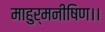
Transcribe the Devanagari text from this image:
माहुर्मनीषिण।।